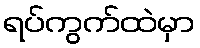
ရပ်ကွက်ထဲမှာ